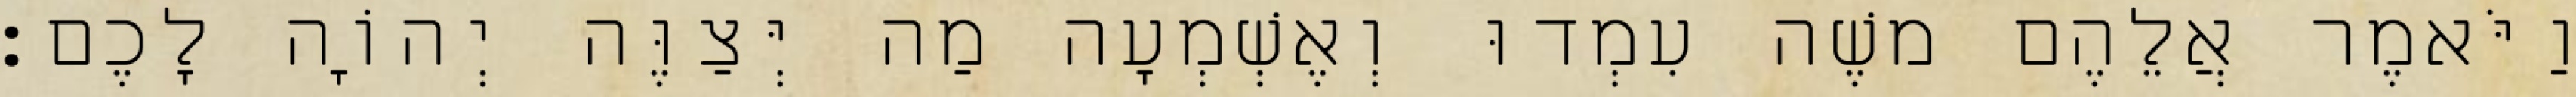
וַיֹּאמֶר אֲלֵהֶם משֶׁה עִמְדוּ וְאֶשְׁמְעָה מַה יְּצַוֶּה יְהוָֹה לָכֶם׃